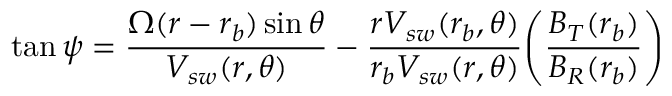
\tan \psi = \frac { \Omega ( r - r _ { b } ) \sin \theta } { V _ { s w } ( r , \theta ) } - \frac { r V _ { s w } ( r _ { b } , \theta ) } { r _ { b } V _ { s w } ( r , \theta ) } \Bigg ( \frac { B _ { T } ( r _ { b } ) } { B _ { R } ( r _ { b } ) } \Bigg )